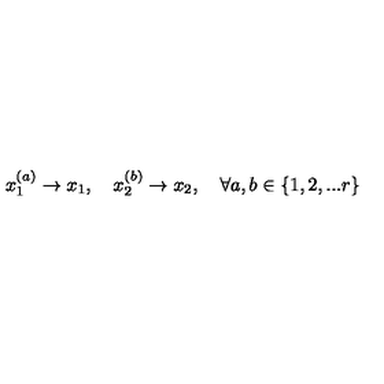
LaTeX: x _ { 1 } ^ { ( a ) } \rightarrow x _ { 1 } , \quad x _ { 2 } ^ { ( b ) } \rightarrow x _ { 2 } , \quad \forall a , b \in \{ 1 , 2 , . . . r \}